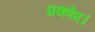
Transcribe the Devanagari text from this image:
प्रकोप।